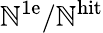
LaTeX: \mathbb{N}^{\mathrm{{1e}}}/\mathbb{N}^{\mathrm{{hit}}}